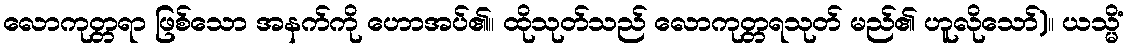
လောကုတ္တရာ ဖြစ်သော အနက်ကို ဟောအပ်၏။ ထိုသုတ်သည် လောကုတ္တရသုတ် မည်၏ ဟူလိုသော်)။ ယသ္မိံ